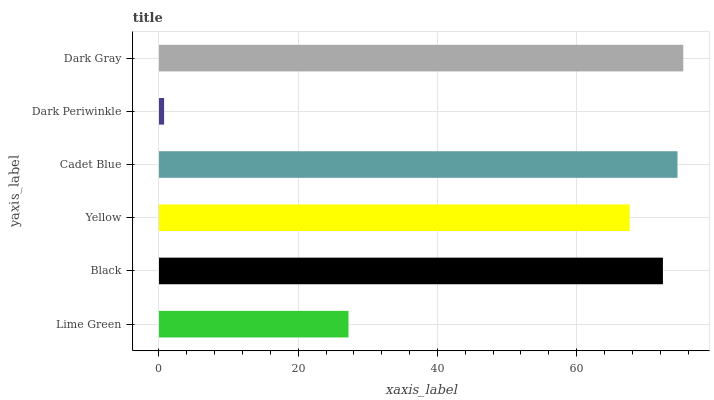
| yaxis_label | bars |
 | --- | --- |
 | Lime Green | 27.2 |
 | Black | 72.4 |
 | Yellow | 67.6 |
 | Cadet Blue | 74.5 |
 | Dark Periwinkle | 0.733 |
 | Dark Gray | 75.3 |